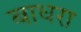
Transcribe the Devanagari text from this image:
बाधरा